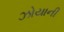
ઝોયાની